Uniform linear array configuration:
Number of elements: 4
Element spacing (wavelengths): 0.5
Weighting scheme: hann
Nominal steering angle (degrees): -45
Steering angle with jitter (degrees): -43.078
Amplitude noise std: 0.05
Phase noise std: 0.05

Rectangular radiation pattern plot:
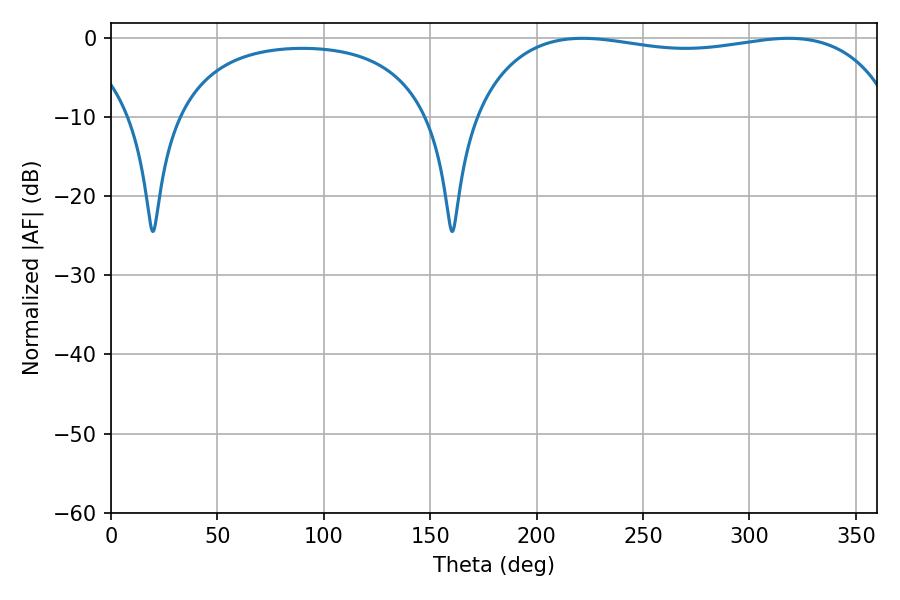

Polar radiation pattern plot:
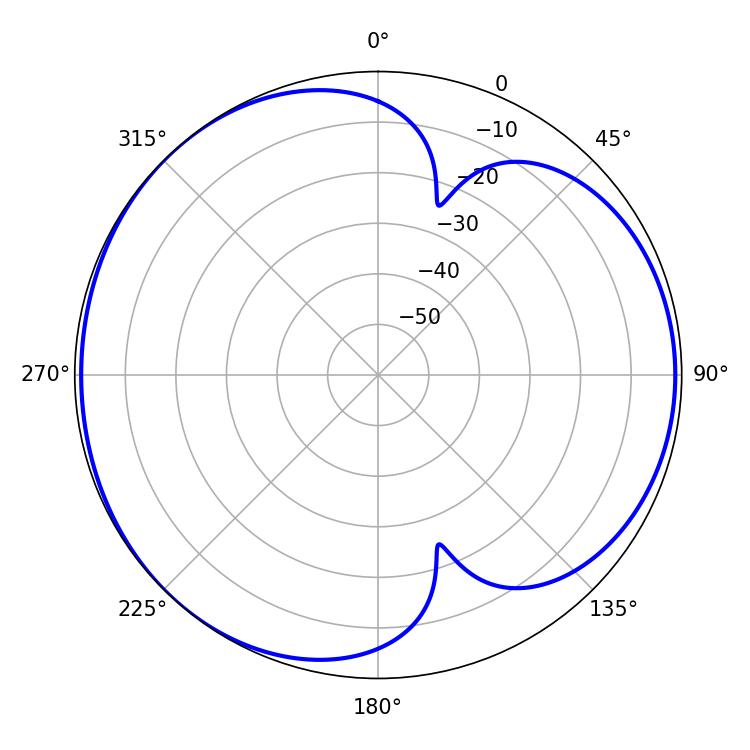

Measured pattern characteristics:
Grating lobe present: FALSE
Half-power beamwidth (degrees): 161.28
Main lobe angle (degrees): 221.58